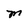
Character: M